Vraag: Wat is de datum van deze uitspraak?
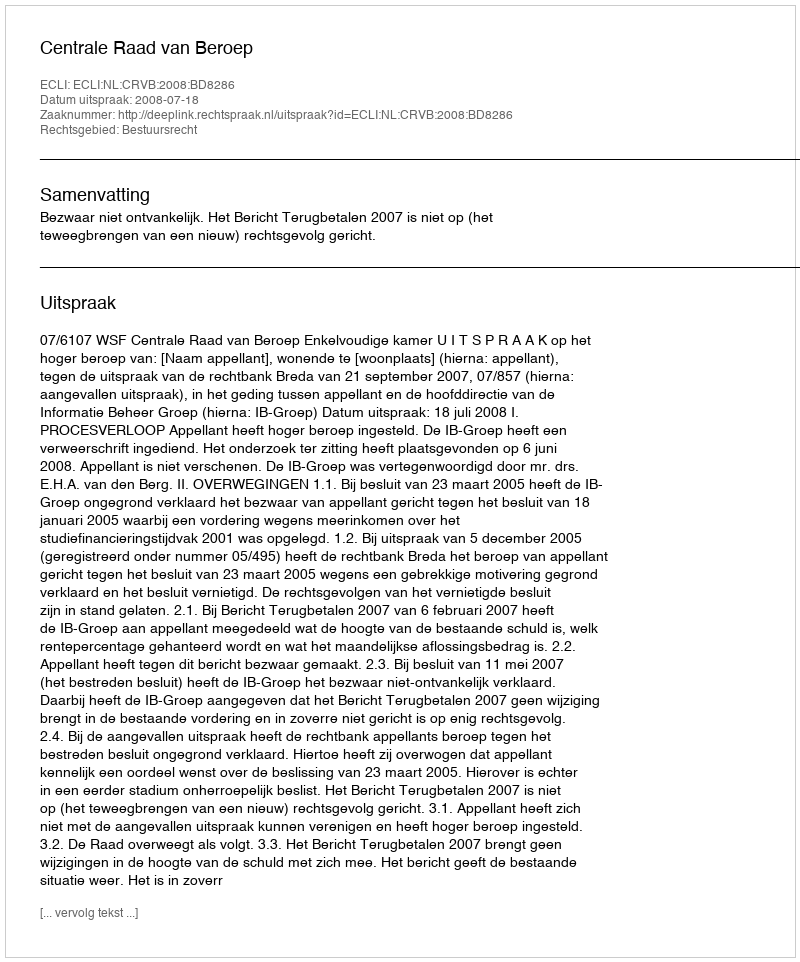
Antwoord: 2008-07-18